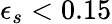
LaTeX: \epsilon_{s}<0.15